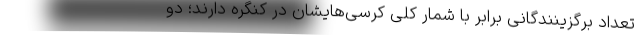
تعداد برگزینندگانی برابر با شمار کلی کرسی‌هایشان در کنگره دارند؛ دو